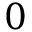
0